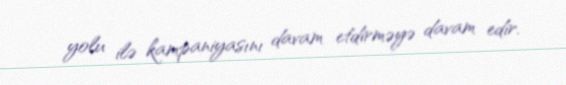
yolu ilə kampaniyasını davam etdirməyə davam edir.